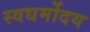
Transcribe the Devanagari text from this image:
स्वधर्मोदय